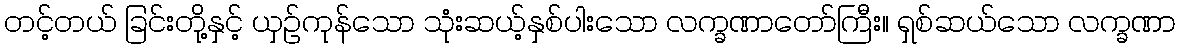
တင့်တယ် ခြင်းတို့နှင့် ယှဉ်ကုန်သော သုံးဆယ့်နှစ်ပါးသော လက္ခဏာတော်ကြီး။ ရှစ်ဆယ်သော လက္ခဏာ